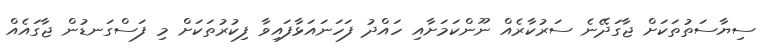
ސިޔާސަތުތަކަށް ޖާގަދޭނެ ސަރުކާރެއް ނޫންކަމަށާއި ހައްދު ފަހަނައަޅާފައިވާ ފިކުރުތަކަށް މި ފަސްގަނޑުން ޖާގައެއް